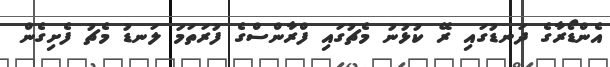
އެންޑޯރާގެ ދަނޑުގައި ރޭ ކުޅުނު މެޗުގައި ފްރާންސްގެ ފުރަތަމަ ލަނޑު މެޗު ފެށިގެން